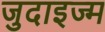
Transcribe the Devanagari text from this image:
जुदाइज्म